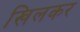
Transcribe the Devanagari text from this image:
खिलकर